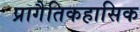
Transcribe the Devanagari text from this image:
प्रागैतिकहासिक